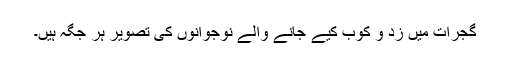
گجرات میں زد و کوب کیے جانے والے نوجوانوں کی تصویر ہر جگہ ہیں۔